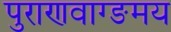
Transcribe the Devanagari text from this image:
पुराणवाग्ङमय